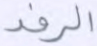
الرفد